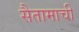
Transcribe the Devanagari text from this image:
सैतामाची